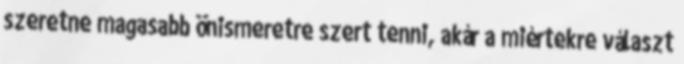
szeretne magasabb önismeretre szert tenni, akár a miértekre választ